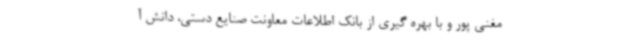
مغنی پور و با بهره گیری از بانک اطلاعات معاونت صنایع دستی، دانش آ